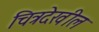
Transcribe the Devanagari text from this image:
चित्रदेखील